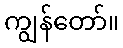
ကျွန်တော်။